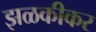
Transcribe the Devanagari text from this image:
झळकीकर